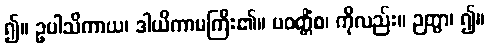
၍။ ဥပါသိကာယ၊ ဒါယိကာမကြီး၏။ ပဝတ္တိံစ၊ ကိုလည်း။ ဉတွာ၊ ၍။